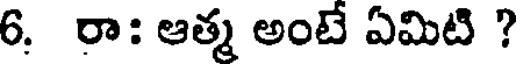
6. రా: ఆత్మ అంటే ఏమిటి ?